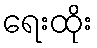
ရေးထိုး